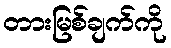
တားမြစ်ချက်ကို